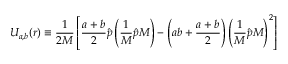
U _ { a , b } ( \boldsymbol { r } ) \equiv \frac { 1 } { 2 M } \left[ \frac { a + b } { 2 } \hat { \boldsymbol { p } } \left( \frac { 1 } { M } \hat { \boldsymbol { p } } M \right) - \left( a b + \frac { a + b } { 2 } \right) { \left( \frac { 1 } { M } \hat { \boldsymbol { p } } M \right) } ^ { 2 } \right]